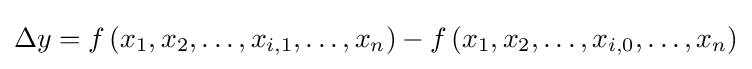
\Delta y=f\left(x_{1},x_{2},\ldots ,x_{i,1},\ldots ,x_{n}\right)-f\left(x_{1},x_{2},\ldots ,x_{i,0},\ldots ,x_{n}\right)